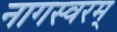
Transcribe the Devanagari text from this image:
नागस्वरम्‌